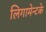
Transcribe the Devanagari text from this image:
लिगामेन्टके